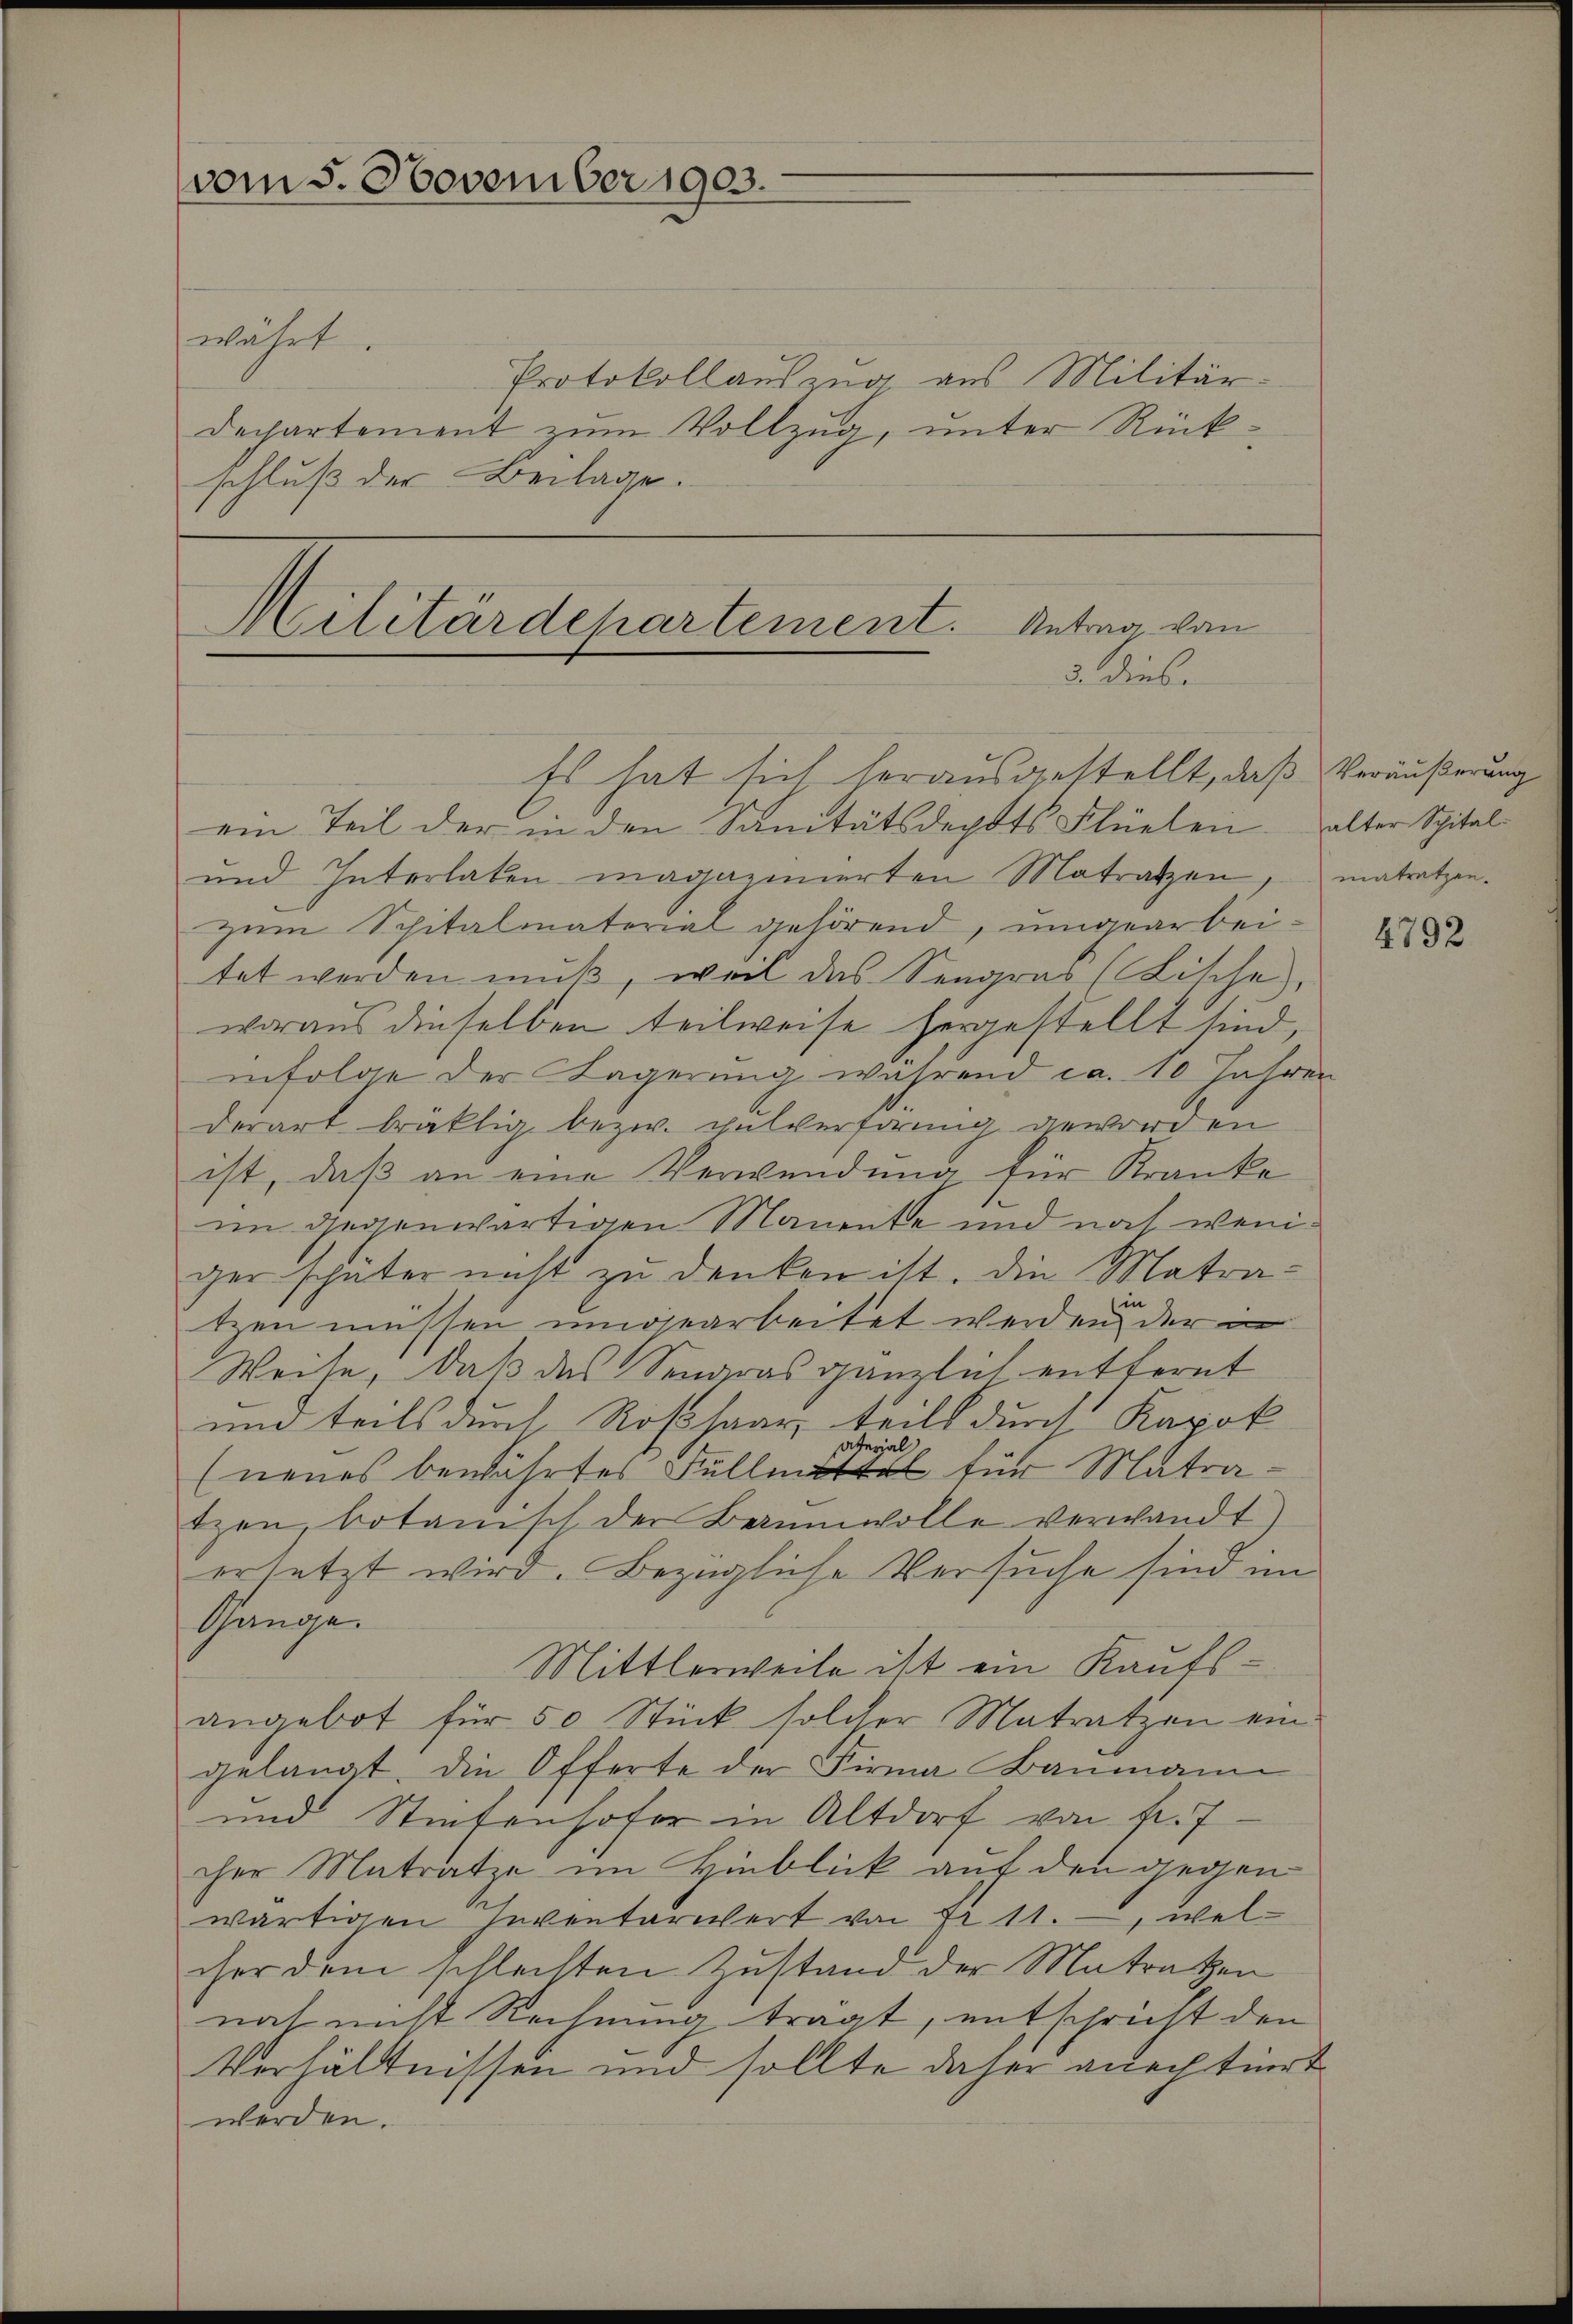
vom 5. November 1903.
währt.

Protokollauszug aus Militär-
Dechartement zum Vollzug, unter Rückschluß der Beilage.

Militärdepartement. Antrag von
3. Dies
Es hat sich herausgestellt, daß Veräußerung

ein Teil der in den Sanitätsdechts Flüelen alter Spital¬
und Interlaken magazinierten Matratzen, matratzen.
zum Spitalmaterial gehörend, umgearbeitet werden muß, weil das Seegras (Fische,
woraus dieselben teilweise hergestellt sind,
infolge der Lagerung während ca. 10 Jahren
derart bräklig bezw. Pulverförmig geworden
ist, daß an eine Verwendung für Kranke
im gegenwärtigen Manente und noch weniger schüter nicht zu denken ist. Die Matrain
tzen müssen umgearbeitet werden der in
Weise, daß das Sengras gänzlich entfernt
und teils durch Roßhaar teils durch Kapok
aterial
(neues bewährtes Füllmittel für Matratzen, botanisch der Baumwolle verwandt
erletzt wird. Bezügliche Versuche sind im
Gange.
Mittlerweile ist ein Kaufs-
angebot für 50 Stück solcher Matratzen ein:
gelangt. Die Offerte der Firma Baumann
und Stietenhofer in Altdorf von fr. 7
cher Matratze im Hinblick auf den gegen
wärtigen Inventariert von Fr. 11., welcher dem schlechten Zustand der Matratzen
noch nicht Rechnung trägt, entschricht den
Verhältnissen und sollte daher anechtiert
werden.

4792